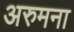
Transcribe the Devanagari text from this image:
अरुमना